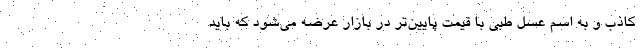
کاذب و به اسم عسل طبی با قیمت پایین‌تر در بازار عرضه می‌شود که باید